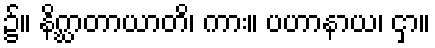
၌။ နိဂ္ဃာတာယာတိ၊ ကား။ ပဟာနာယ၊ ငှာ။